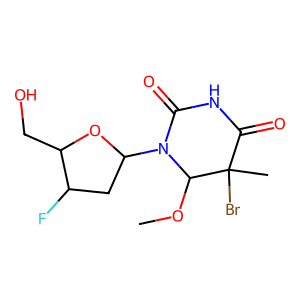
SMILES: COC1N(C2CC(F)C(CO)O2)C(=O)NC(=O)C1(C)Br
Inhibits HIV replication: Yes